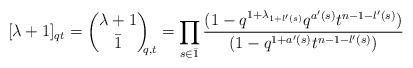
LaTeX: \begin{align*}[\lambda+1]_{qt} = \binom{\lambda+1}{\bar 1}_{\!\!\!q,t} = \prod_{s\in \bar 1 } \dfrac{ (1- q^{1+\lambda_{1+l'(s)} } q^{a'(s)} t^{n-1-l'(s)} ) }{ (1- q^{1+a'(s)} t^{n-1-l'(s)} ) }\end{align*}